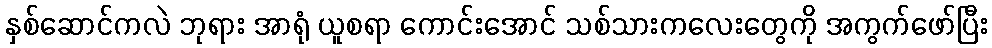
နှစ်ဆောင်ကလဲ ဘုရား အာရုံ ယူစရာ ကောင်းအောင် သစ်သားကလေးတွေကို အကွက်ဖော်ပြီး